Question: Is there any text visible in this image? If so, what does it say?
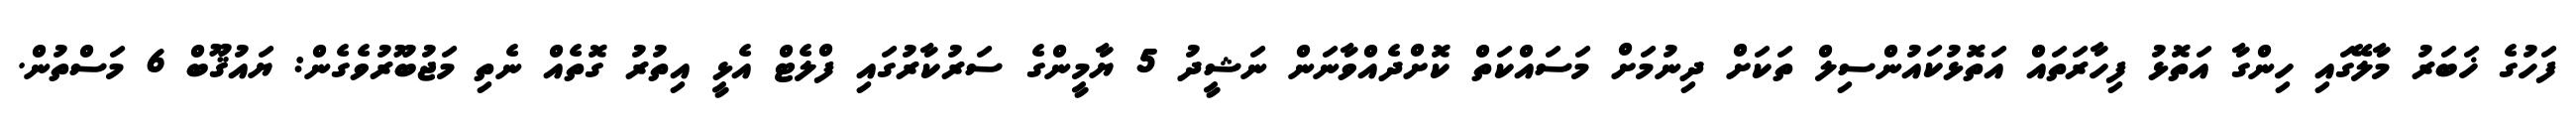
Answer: ފަހުގެ ޚަބަރު މާލޭގައި ހިންގާ އަތޮޅު ފިހާރަތައް އަތޮޅުކައުންސިލް ތަކަށް ދިނުމަށް މަސައްކަތް ކޮށްދެއްވާނަން ނަޝީދު 5 ޔާމީންގެ ސަރުކާރުގައި ފްލެޓް އެޅީ އިތުރު ގޮތެއް ނެތި މަޖުބޫރުވެގެން: ޔައުޤޫބް 6 މަސްތުން.